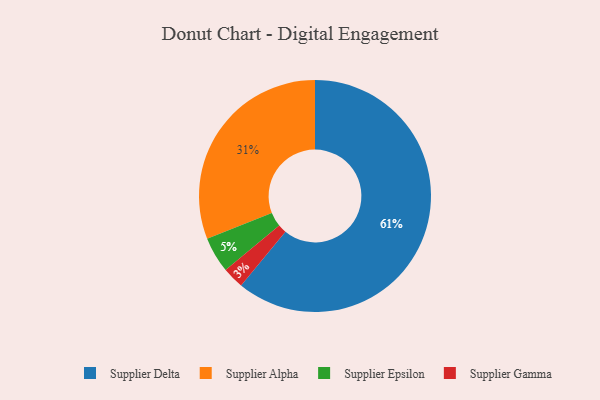
{"axis": {"x": "Category", "y": "Percentage"}, "legend": ["Supplier Alpha", "Supplier Delta", "Supplier Epsilon", "Supplier Gamma"], "data": [{"x": "Supplier Epsilon", "y": 5, "type": "Supplier Epsilon"}, {"x": "Supplier Gamma", "y": 3, "type": "Supplier Gamma"}, {"x": "Supplier Delta", "y": 61, "type": "Supplier Delta"}, {"x": "Supplier Alpha", "y": 31, "type": "Supplier Alpha"}]}